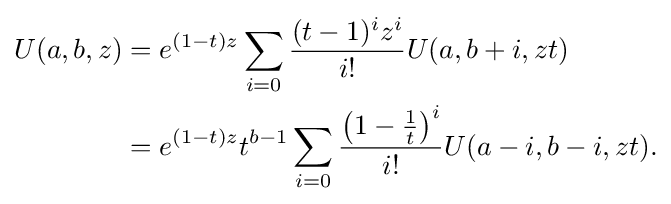
{\begin{aligned}U(a,b,z)&=e^{(1-t)z}\sum _{i=0}{\frac {(t-1)^{i}z^{i}}{i!}}U(a,b+i,zt)\\&=e^{(1-t)z}t^{b-1}\sum _{i=0}{\frac {\left(1-{\frac {1}{t}}\right)^{i}}{i!}}U(a-i,b-i,zt).\end{aligned}}